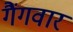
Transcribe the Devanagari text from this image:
गैंगवार